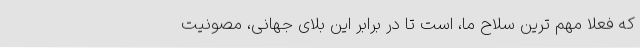
که فعلا مهم ترین سلاح ما، است تا در برابر این بلای جهانی، مصونیت